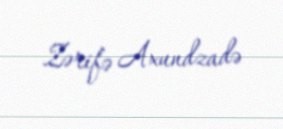
Zərifə Axundzadə